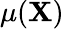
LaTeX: \mu(\mathbf{X})